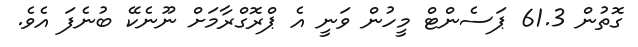
ގޮތުން 61.3 ޕަސެންޓް މީހުން ވަނީ އެ ޕްރޮގްރާމަށް ނޫނެކޭ ބުނެފަ އެވެ.